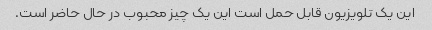
این یک تلویزیون قابل حمل است این یک چیز محبوب در حال حاضر است.